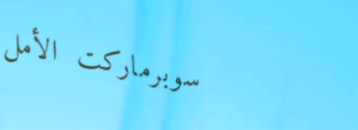
سوبرماركت الأمل